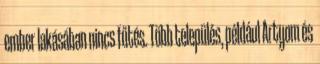
ember lakásában nincs fűtés. Több település, például Artyom és